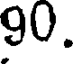
90.